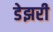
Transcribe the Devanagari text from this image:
डेझरी